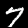
Digit: 7